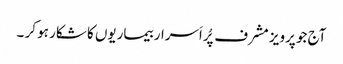
آج جو پرویز مشرف پُراَسرار بیماریوں کا شکار ہو کر ۔